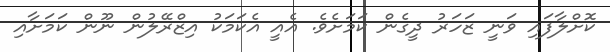
ކޮށްލާފައި ވަނީ ޒަހަރު ދީގެން ކަަމަށެވެ. އެއީ އެކަމަކު އިޒްރޭލުން ނޫން ކަމަށާއި